Report on vaccination in Madras 1895-1903 - 1895-1903
Year: 1895
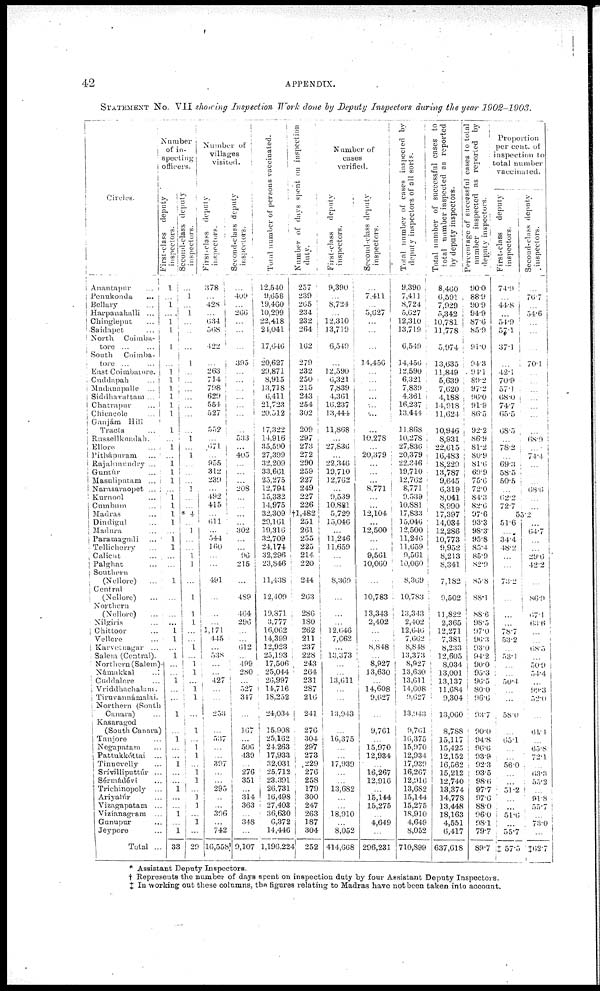
42
APPENDIX.
STATEMENT No. VII showing Inspection Work done by Deputy Inspectors during the year 1902-1903.
Circles.
Anantapur ...
Penukonda ...
Bellary ...
Harpanahalli ...
Chingleput ...
Saidapet ...
North
Coimba-
tore ... ...
South
Coimba-
tore ... ...
East Coimbatore.
Cuddapah ...
Madanapalle ...
Siddhavattam ...
Chatrapur ...
Chicacole ...
Ganjám
Hill
Tracts ...
Rassellkondah.
Ellore ...
Pithápuram ...
Rajahmundry ...
Guntúr ...
Masulipatam ...
Narasaraopet ...
Kurnool ...
Cumbum ...
Madras ...
Dindigul ...
Madura ...
Paramagudi ...
Tellicherry ...
Calicut ...
Palghat ...
Southern
(Nellore)
...
Central
(Nellore) ...
Northern
(Nellore) ...
Nilgiris ...
Chittoor ...
Vellore ...
Karvetnagar ...
Salem (Central).
Northern (Salem).
Námakkal
...
Cuddalore ...
Vriddhachalam.
Tiruvannámalai.
Northern (South
Canara) ...
Kasaragod
(South Canara)
Tanjore ...
Negapatam ...
Pattukkóttai ...
Tinnevelly ...
Srívilliputtúr ...
Sérmádévi ...
Trichinopoly ...
Ariyalúr ...
Vizagapatam ...
Vizianagram ...
Gunupur ...
Jeypore ...
Total ...
Number
of in-
specting
officers.
First-class deputy
inspectors.
1
...
1
...
1
1
1
...
1
1
1
1
1
1
1
...
1
...
1 1
1
...
1
1
1
1
...
1
1
...
...
1
...
...
...
1
1
...
1
...
...
1
...
...
1
...
1
...
...
1
...
...
1
...
...
1
...
1
33
Second-class deputy
inspectors.
...
1
...
1
...
...
...
1
...
...
...
...
...
...
...
1
...
1
...
...
...
1
...
...
* 4
...
1
...
...
1
1
...
1
1
1
...
...
1
... 1
1
...
1 1
...
1
...
1
1
...
1
1
...
1
1
...
1
...
29
Number of
villages
visited.
First-class deputy
inspectors.
378
...
428
...
634
568
422
...
263
714
798
629
554
527
552
...
671
...
955
312
239
...
492
415
...
611
...
544
160
...
...
491
...
...
...
1,171
445
...
538
...
...
427
...
...
253
...
537
...
...
397
...
...
295
...
...
396
...
742
16,558
Second-class deputy
inspectors.
...
409
...
266
...
...
...
395
...
...
...
...
...
...
...
533
...
405
...
...
...
208
...
...
...
...
302
...
...
96
215
...
489
464
296
...
...
612
...
499
280
...
527
347
...
167
...
506
439
...
276
351
...
314
363
...
348
...
9,107
Total number of persons vaccinated.
12,540
9,658
19,460
10,299
22,418
24,041
17,646
20,627
29,871
8,915
13,718
6,411
21,723
20,512
17,322
14,916
35,590
27,399
32,209
33,661
25,275
12,794
15,332
14,975
32,309
29,161
19,316
32,709
24,174
32,296
23,846
11,438
12,409
19,871
3,777
16,062
14,399
12,923
25,193
17,506
25,044
26,997
14,716
18,252
24,034
15,908
25,162
24,263
17,933
32,031
25,712
23,391
26,731
16,498
27,403
36,630
6,372
14,446
1,196,224
Number of days spent on inspection
duty.
257
239
265
234
232
264
162
279
232
250
215
243
254
302
209
297
273
272
290
259
227
249
227
226
†1,482
251
261
255
225
214
220
244
263
286
180
262
211
237
228
243
264
231
287
216
241
276
304
297
273
229
276
258
179
300
247
263
187
304
252
Number of
cases
verified.
First-class
deputy
inspectors.
9,390
...
8,724
...
12,310
13,719
6,549
...
12,590
6,321
7,839
4,361
16,237
13,444
11,868
...
27,836
...
22,346
19,710
12,762
...
9,539
10,881
5,729
15,046
...
11,246
11,659
...
...
8,369
...
...
...
12,646
7,662
...
13,373
...
...
13,611
...
...
13,943
...
16,375
...
...
17,939
...
...
13,682
...
...
18,910
...
8,052
414,668
Second-class deputy
inspectors.
...
7,411
...
5,627
...
...
...
14,456
...
...
...
...
...
...
...
10,278
...
20,379
...
...
...
8,771
...
...
12,104
...
12,500
...
...
9,561
10,060
...
10,783
13,343
2,402
...
...
8,848
...
8,927
13,630
...
14,608
9,627
...
9,761
...
15,970
12,934
...
16,267
12,916
...
15,144
15,275
...
4,649
...
296,231
Total number of cases inspected by
deputy inspectors of all sorts.
9,390
7,411
8,724
5,627
12,310
13,719
6,549
14,456
12,590
6,321
7,839
4,361
16,237
13,444
11,868
10,278
27,836
20,379
22,346
19,710
12,762
8,771
9,539
10,881
17,833
15,046
12,500
11,246
11,659
9,561
10,060
8,369
10,783
13,343
2,402
12,646
7,662
8,848
13,373
8,927
13,630
13,611
14,608
9,627
13,943
9,761
16,375
15,970
12,934
17,939
16,267
12,916
13,682
15,144
15,275
18,910
4,649
8,052
710,899
Total number of successful cases to
total number inspected as reported
by deputy inspectors.
8,460
6,591
7,929
5,342
10,781
11,778
5,974
13,635
11,849
5,639
7,620
4,188
14,918
11,624
10,946
8,931
22,615
16,483
18,229
13,787
9,645
6,319
8,041
8,990
17,397
14,034
12,286
10,773
9,952
8,213
8,341
7,182
9,502
11,822
2,365
12,271
7,381
8,233
12,605
8,034
13,001
13,137
11,684
9,304
13,060
8,788
15,117
15,425
12,152
16,562
15,212
12,740
13,374
14,778
13,448
18,163
4,551
6,417
637,618
Percentage of successful cases to total
number inspected as reported by
deputy inspectors.
90.0
88.9
90.9
94.9
87.6
85.9
91.0
94.3
94.1
89.2
97.2
96.0
91.9
86.5
92.2
86.9
81.2
80.9
81.6
69.9
75.6
72.0
84.3
82.6
97.6
93.3
98.3
95.8
85.4
85.9
82.9
85.8
88.1
88.6
98.5
97.0
96.3
93.0
94.2
90.0
95.3
96.5
80.0
96.6
93.7
90.0
94.8
96.6
93.9
92.3
93.5
98.6
97.7
97.6
88.0
96.0
98.1
79.7
89.7
Proportion
per cent. of
inspection to
total number
vaccinated.
First-class
deputy
inspectors.
74.9
...
44.8
...
51.9
57.1
37.1
...
42.1
70.9
57.1
68.0
74.7
65.5
68.5
...
78.2
...
69.3
58.5
50.5
...
62.2
72.7
Second-class deputy
inspectors.
...
76.7
...
54.6
...
...
...
70.1
...
...
...
...
...
...
...
68.9
...
74.4
...
...
...
68.6
...
...
55.2
51.6
...
34.4
48.2
...
...
73.2
...
...
...
78.7
53.2
...
53.1
...
...
50.4
...
...
58.0
...
65.1
...
...
56.0
...
...
51.2
...
...
51.6
...
55.7
‡57.5
...
64.7
...
...
29.6
42.2
...
86.9
67.1
63.6
...
...
68.5
...
50.9
54.4
...
99.3
52.0
...
61.4
...
65.8
72.1
...
63.3
55.2
...
91.8
55.7
...
73.0
...
‡62.7
* Assistant Deputy Inspectors.
† Represents the number of days spent on inspection duty by four Assistant Deputy Inspectors.
‡ In working out these columns, the figures relating to Madras have not been taken into account.